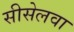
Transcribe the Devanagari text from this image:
सीसेलवा